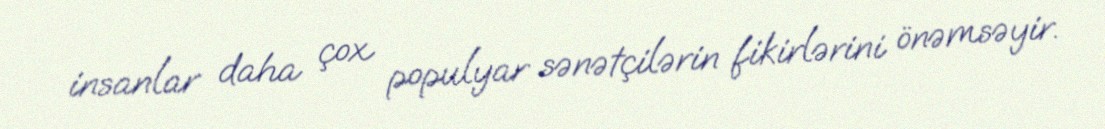
insanlar daha çox populyar sənətçilərin fikirlərini önəmsəyir.